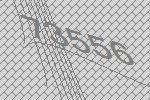
73556